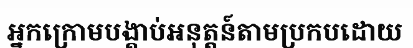
អ្នកក្រោមបង្គាប់អនុត្តន៍តាមប្រកបដោយ